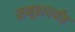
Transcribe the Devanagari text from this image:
समूहापर्यंत